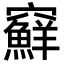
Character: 䇁